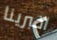
اخبرينا